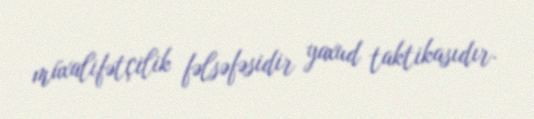
müxalifətçilik fəlsəfəsidir yaxud taktikasıdır.